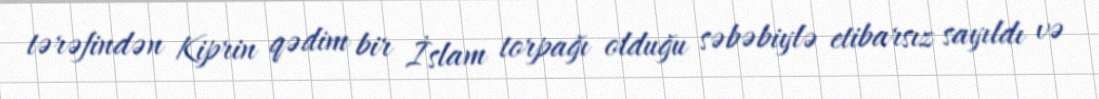
tərəfindən Kiprin qədim bir İslam torpağı olduğu səbəbiylə etibarsız sayıldı və